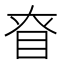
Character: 眘